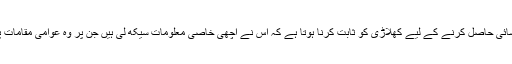
پانچویں لیول تک رسائی حاصل کرنے کے لیے کھلاڑی کو ثابت کرنا ہوتا ہے کہ اس نے اچھی خاصی معلومات سیکھ لی ہیں جن پر وہ عوامی مقامات پر عمل کرسکتا ہے۔